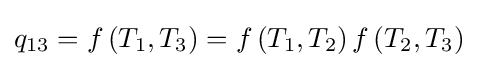
q_{13}=f\left(T_{1},T_{3}\right)=f\left(T_{1},T_{2}\right)f\left(T_{2},T_{3}\right)